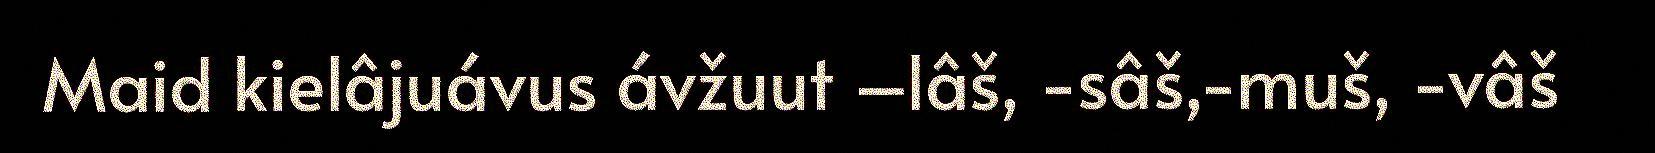
Maid kielâjuávus ávžuut –lâš, -sâš,-muš, -vâš